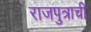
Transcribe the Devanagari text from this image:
राजपुत्राची